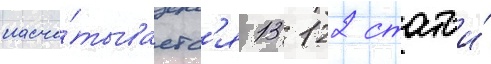
насчи́тываетс'я 13 122 статьи́